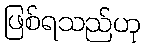
ဖြစ်ရသည်ဟု